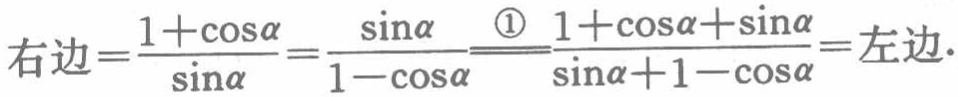
右边=\(\frac{1+\cos\alpha}{\sin\alpha}=\frac{\sin\alpha}{1 - \cos\alpha}\stackrel{\textcircled{1}}{=}\frac{1+\cos\alpha+\sin\alpha}{\sin\alpha + 1 - \cos\alpha}=\)左边.